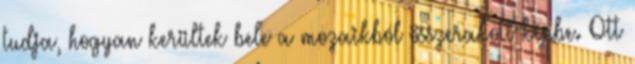
tudja, hogyan kerültek bele a mozaikból össze­rakott képbe. Ott